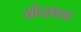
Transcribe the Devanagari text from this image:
श्रीनाथला